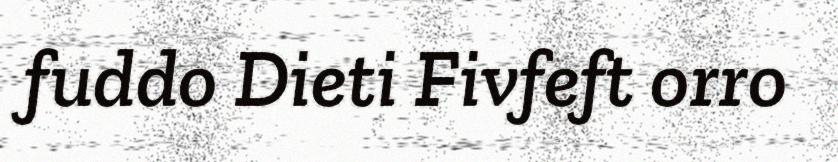
fuddo Dieti Fivfeft orro